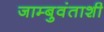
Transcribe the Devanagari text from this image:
जाम्बुवंताशी